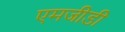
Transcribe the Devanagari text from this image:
एमजीडी